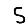
Digit: 5